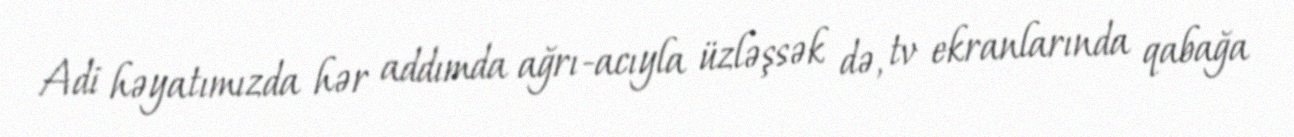
Adi həyatımızda hər addımda ağrı-acıyla üzləşsək də, tv ekranlarında qabağa